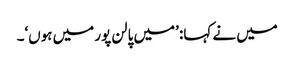
میں نے کہا: ’میں پالن پور میں ہوں‘۔